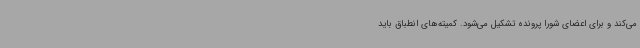
می‌کند و برای اعضای شورا پرونده تشکیل می‌شود. کمیته‌های انطباق باید